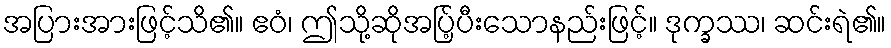
အပြားအားဖြင့်သိ၏။ ဧဝံ၊ ဤသို့ဆိုအပ်ြ့ပီးသောနည်းဖြင့်။ ဒုက္ခဿ၊ ဆင်းရဲ၏။